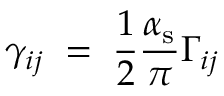
\gamma _ { i j } \; = \; \frac 1 2 \frac { \alpha _ { \mathrm { s } } } { \pi } \Gamma _ { i j }